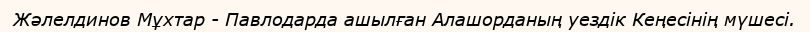
Жәлелдинов Мұхтар - Павлодарда ашылған Алашорданың уездік Кеңесінің мүшесі.